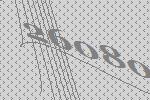
26080